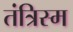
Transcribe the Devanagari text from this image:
तंत्रिस्म